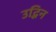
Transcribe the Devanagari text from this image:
उद्भिन